DOW-UAP-D7, Mission Report, Arabian Gulf, 2020
Agency: Department of War
Page 4
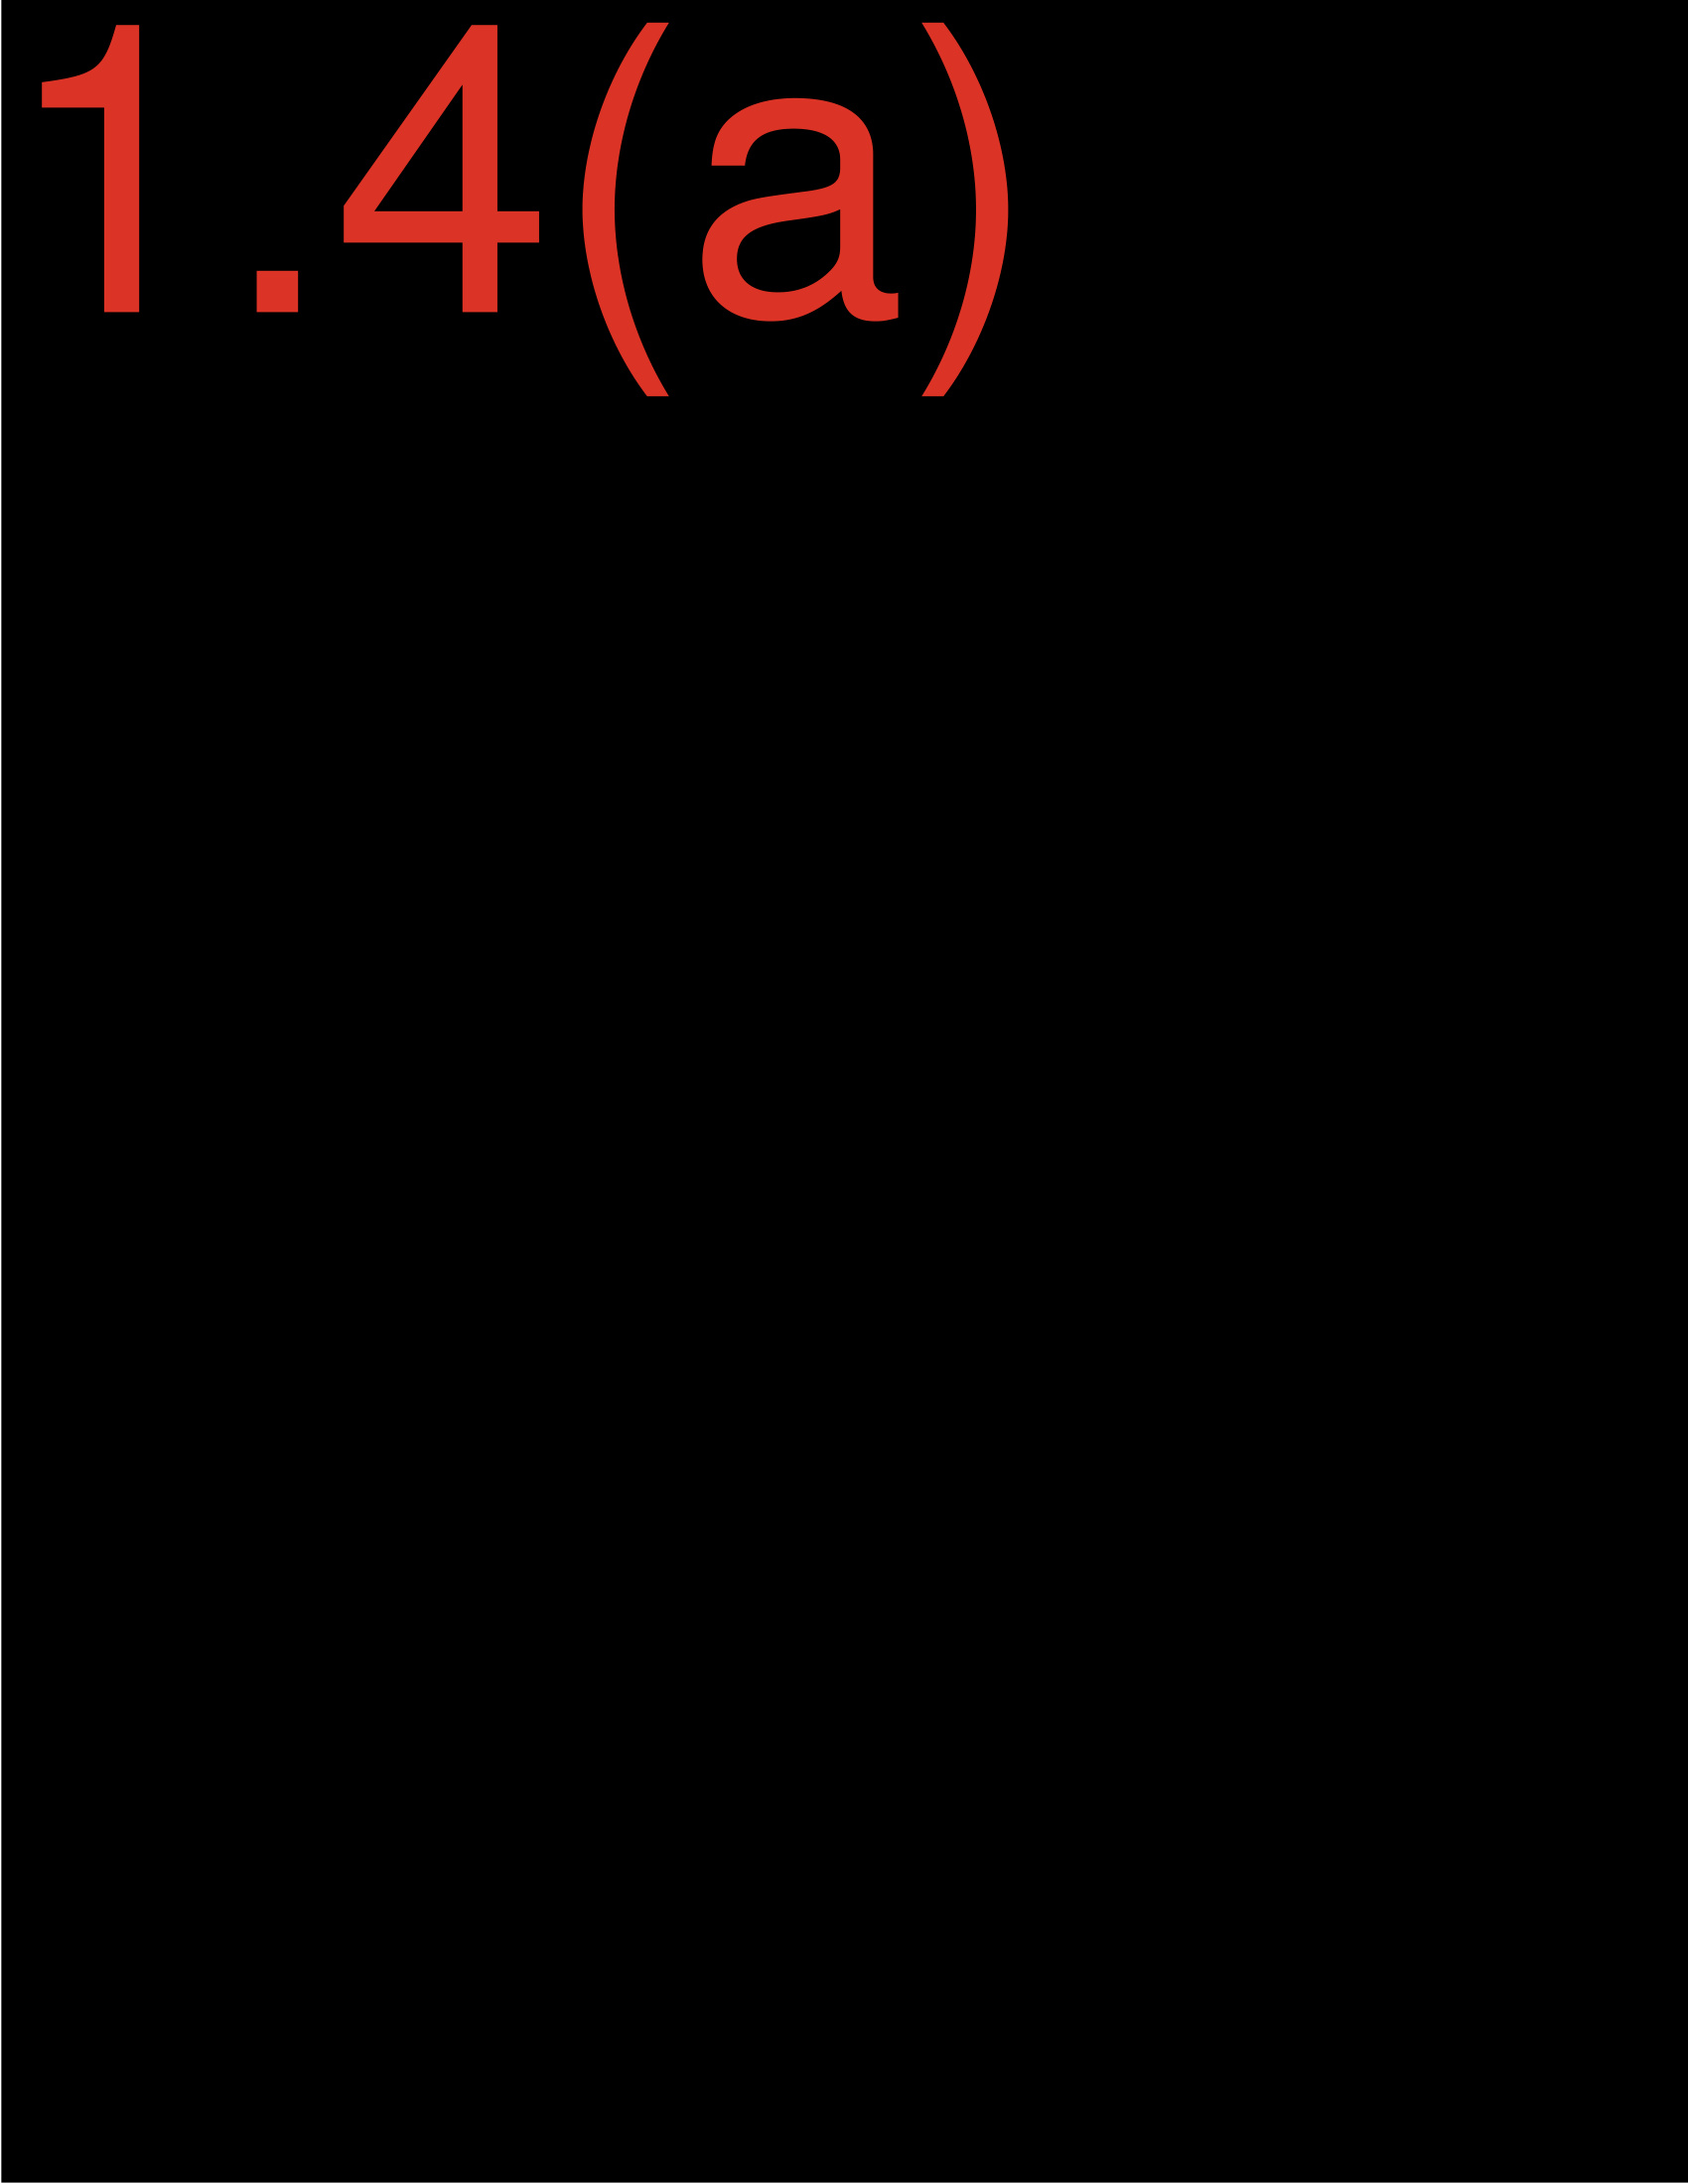